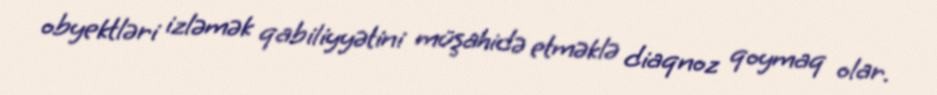
obyektləri izləmək qabiliyyətini müşahidə etməklə diaqnoz qoymaq olar.